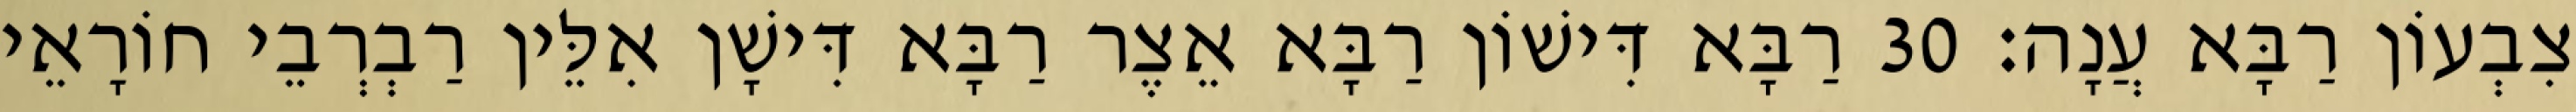
צִבְעוֹן רַבָּא עֲנָה׃ 30 רַבָּא דִּישׁוֹן רַבָּא אֵצֶר רַבָּא דִּישָׁן אִלֵּין רַבְרְבֵי חוֹרָאֵי